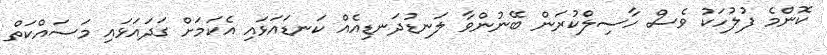
ކޮންމެ ފުލުހަކު ވެސް ހާސިލްކުރަން ބޭނުންވާ ލަނޑުދަނޑިއެއް ކަނޑައަޅައި އެކަމަށް ގަދައަޅައި މަސައްކަތް